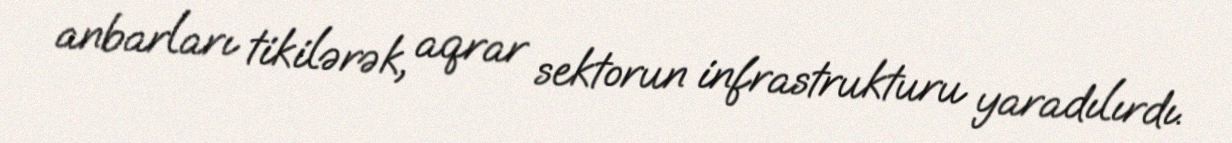
anbarları tikilərək, aqrar sektorun infrastrukturu yaradılırdı.